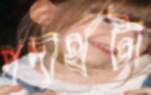
পদার্থটা